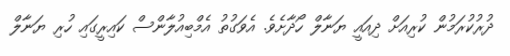
ދުރުކުރަމުން ކުރިއަށް ދިއައީ ޔަނާލް ހޯދާށެވެ. އެވަގުތު އެމްބިއުލާންސް ކައިރީގައި ހުރި ޔަނާލް